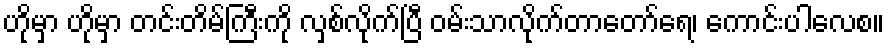
ဟိုမှာ ဟိုမှာ တင်းတိမ်ကြီးကို လှစ်လိုက်ပြီ ဝမ်းသာလိုက်တာတော်ရေ၊ ကောင်းပါလေစ။